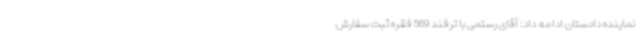
نماینده دادستان ادامه داد: آقای رستمی با ترفند 569 فقره ثبت سفارش